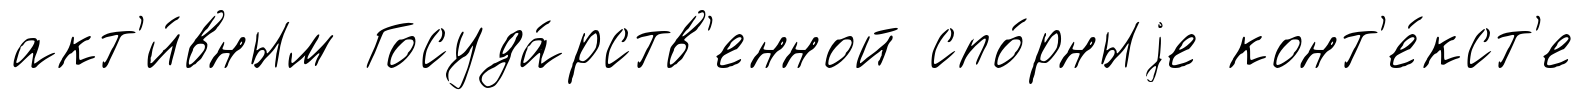
акт'и́вным Госуда́рств'енной спо́рныjе конт'е́кст'е